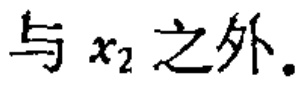
与 \(x_{2}\) 之外.